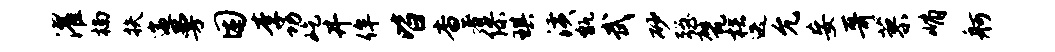
濯楠扶遄曼困李功屹井侔皆杳著缪琪潢甑武砂强甓梏迭允妄哥蓼峭舸